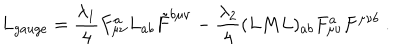
LaTeX: L _ { g a u g e } = { \frac { \lambda _ { 1 } } { 4 } } F _ { \mu \nu } ^ { a } L _ { a b } \tilde { F } ^ { b \mu \nu } - { \frac { \lambda _ { 2 } } { 4 } } ( L M L ) _ { a b } F _ { \mu \nu } ^ { a } F ^ { \mu \nu b } { } ~ .